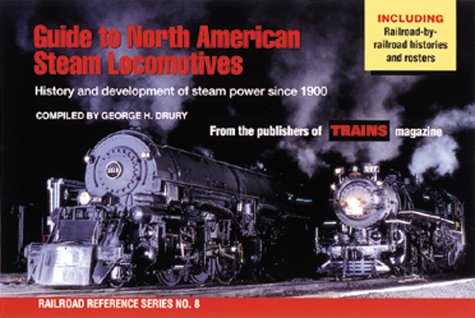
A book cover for Guide to North American Steam Locomotives (Railroad Reference Series No. 8); George H. Drury; Arts & Photography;